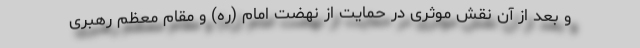
و بعد از آن نقش موثری در حمایت از نهضت امام (ره) و مقام معظم رهبری